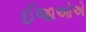
ઈજાઓએ